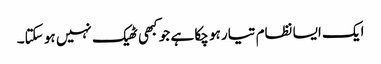
ایک ایسا نظام تیار ہو چکا ہے جو کبھی ٹھیک نہیں ہو سکتا۔